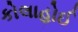
કોલાહોઈ